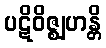
ပဋိဝိဇ္ဈဟန္တိ